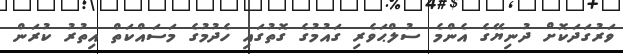
ވަރުގަދަކޮށް ދުނިޔޭގެ އެންމެ ސުލްޙަވެރި ގައުމުގެ ގޮތުގައި ހެދުމުގެ މަސައްކަތް އިތުރު ކުރަން